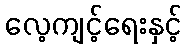
လေ့ကျင့်ရေးနှင့်